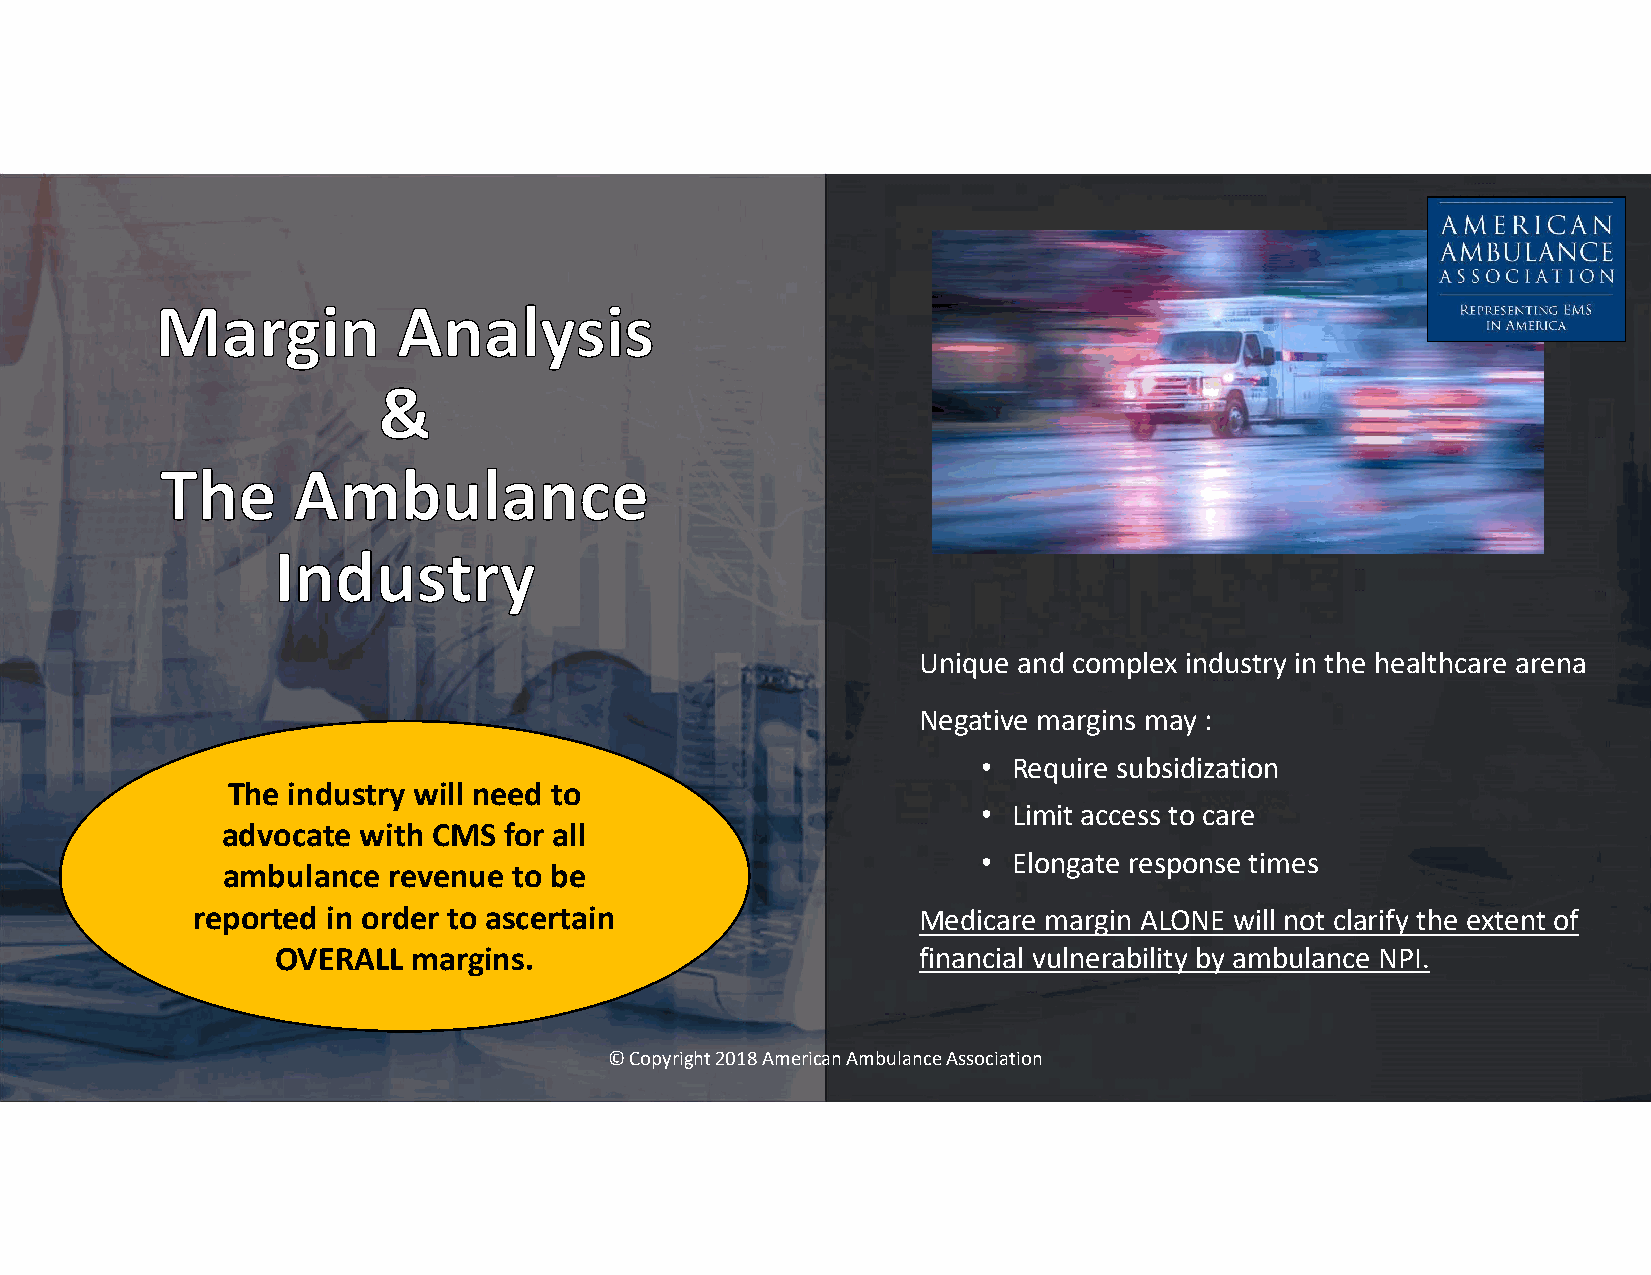
Unique and complex industry in the healthcare arena
 Negative margins may :
 • Require subsidization
 The industry will need to
 • Limit access to care
 advocate with CMS for all
 • Elongate response times
 ambulance  revenue to be
 reported in order to ascertain                  Medicare margin ALONE will not clarify the extent of
 OVERALL  margins.                          financial vulnerability by ambulance NPI.
 © Copyright 2018 American Ambulance Association